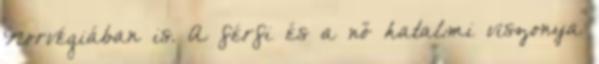
Norvégiában is. A férfi és a nő hatalmi viszonya